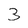
Character: 3